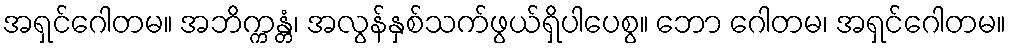
အရှင်ဂေါတမ။ အဘိက္ကန္တံ၊ အလွန်နှစ်သက်ဖွယ်ရှိပါပေစွ။ ဘော ဂေါတမ၊ အရှင်ဂေါတမ။